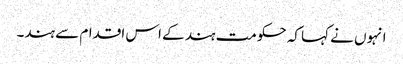
انہوں نے کہا کہ حکومت ہند کے اس اقدام سے ہند۔